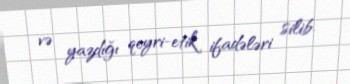
və yazdığı qeyri-etik ifadələri silib.